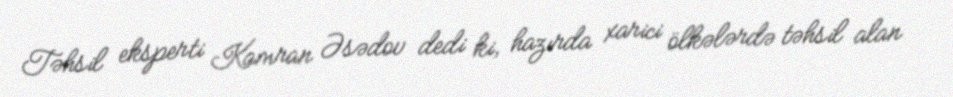
Təhsil eksperti Kamran Əsədov dedi ki, hazırda xarici ölkələrdə təhsil alan